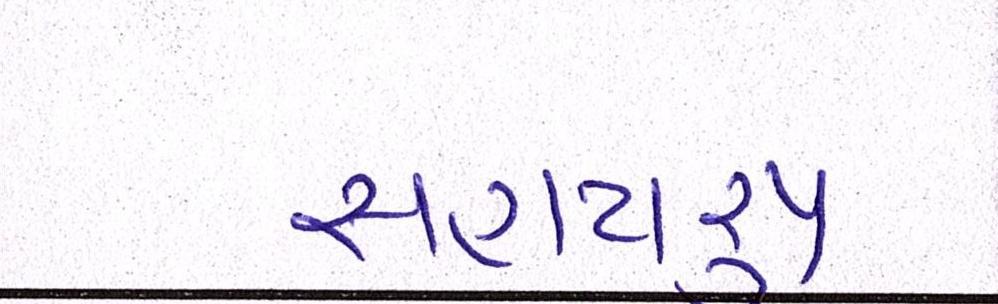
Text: સહાયરૃપ